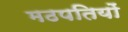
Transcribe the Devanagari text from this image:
मठपतियों